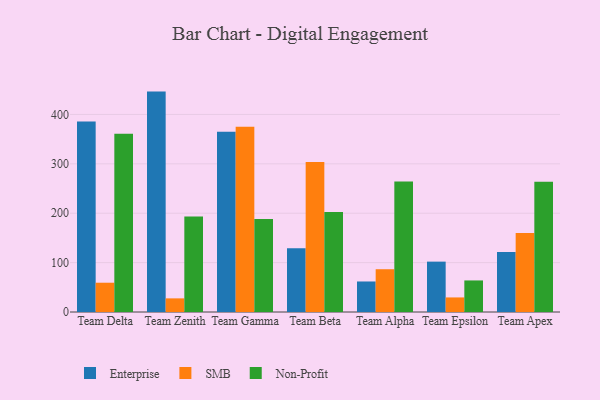
{"axis": {"x": "Team", "y": "Bounce Rate (%)"}, "legend": ["Enterprise", "Non-Profit", "SMB"], "data": [{"x": "Team Delta", "y": 386.0, "type": "Enterprise"}, {"x": "Team Delta", "y": 59.3, "type": "SMB"}, {"x": "Team Delta", "y": 360.8, "type": "Non-Profit"}, {"x": "Team Zenith", "y": 446.3, "type": "Enterprise"}, {"x": "Team Zenith", "y": 27.6, "type": "SMB"}, {"x": "Team Zenith", "y": 193.3, "type": "Non-Profit"}, {"x": "Team Gamma", "y": 364.8, "type": "Enterprise"}, {"x": "Team Gamma", "y": 375.1, "type": "SMB"}, {"x": "Team Gamma", "y": 188.4, "type": "Non-Profit"}, {"x": "Team Beta", "y": 129.3, "type": "Enterprise"}, {"x": "Team Beta", "y": 303.5, "type": "SMB"}, {"x": "Team Beta", "y": 202.6, "type": "Non-Profit"}, {"x": "Team Alpha", "y": 61.8, "type": "Enterprise"}, {"x": "Team Alpha", "y": 86.6, "type": "SMB"}, {"x": "Team Alpha", "y": 264.1, "type": "Non-Profit"}, {"x": "Team Epsilon", "y": 102.0, "type": "Enterprise"}, {"x": "Team Epsilon", "y": 29.5, "type": "SMB"}, {"x": "Team Epsilon", "y": 63.9, "type": "Non-Profit"}, {"x": "Team Apex", "y": 121.6, "type": "Enterprise"}, {"x": "Team Apex", "y": 160.2, "type": "SMB"}, {"x": "Team Apex", "y": 263.7, "type": "Non-Profit"}]}